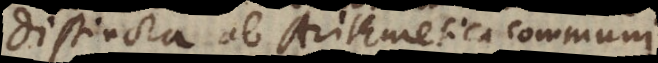
intelligentiae ab Arithmetica communi